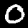
Label: 0